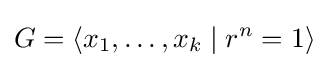
G=\langle x_{1},\dots ,x_{k}\mid r^{n}=1\rangle